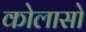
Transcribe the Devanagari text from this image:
कोलासो